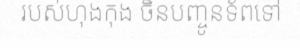
របស់ហុងកុង ចិនបញ្ចូនទ័ពទៅ